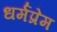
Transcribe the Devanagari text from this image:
धर्मप्रेम